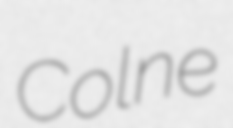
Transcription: Colne